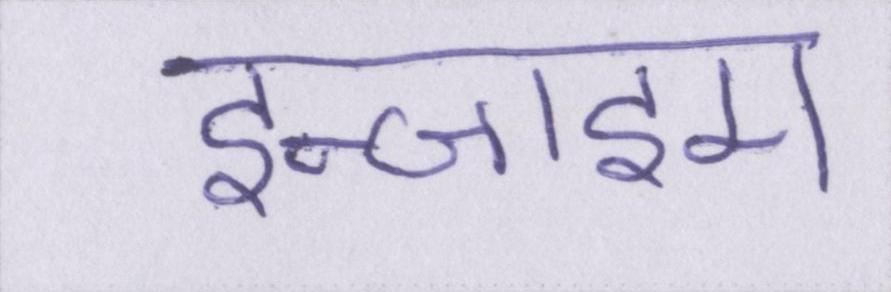
इन्जाइम